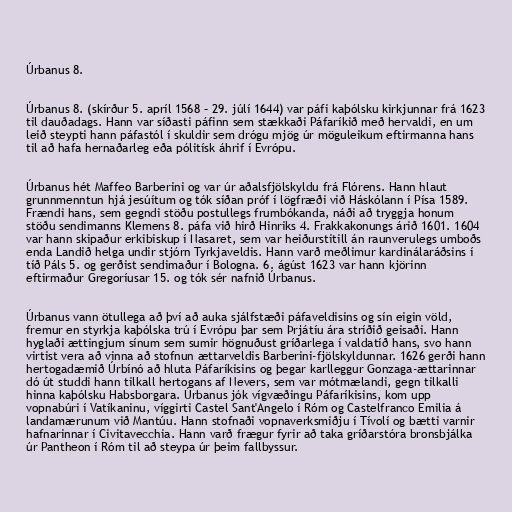
Úrbanus 8.

Úrbanus 8. (skírður 5. apríl 1568 – 29. júlí 1644) var páfi kaþólsku kirkjunnar frá 1623
til dauðadags. Hann var síðasti páfinn sem stækkaði Páfaríkið með hervaldi, en um
leið steypti hann páfastól í skuldir sem drógu mjög úr möguleikum eftirmanna hans
til að hafa hernaðarleg eða pólitísk áhrif í Evrópu.

Úrbanus hét Maffeo Barberini og var úr aðalsfjölskyldu frá Flórens. Hann hlaut
grunnmenntun hjá jesúítum og tók síðan próf í lögfræði við Háskólann í Písa 1589.
Frændi hans, sem gegndi stöðu postullegs frumbókanda, náði að tryggja honum
stöðu sendimanns Klemens 8. páfa við hirð Hinriks 4. Frakkakonungs árið 1601. 1604
var hann skipaður erkibiskup í Nasaret, sem var heiðurstitill án raunverulegs umboðs
enda Landið helga undir stjórn Tyrkjaveldis. Hann varð meðlimur kardinálaráðsins í
tíð Páls 5. og gerðist sendimaður í Bologna. 6. ágúst 1623 var hann kjörinn
eftirmaður Gregoríusar 15. og tók sér nafnið Úrbanus.

Úrbanus vann ötullega að því að auka sjálfstæði páfaveldisins og sín eigin völd,
fremur en styrkja kaþólska trú í Evrópu þar sem Þrjátíu ára stríðið geisaði. Hann
hyglaði ættingjum sínum sem sumir högnuðust gríðarlega í valdatíð hans, svo hann
virtist vera að vinna að stofnun ættarveldis Barberini-fjölskyldunnar. 1626 gerði hann
hertogadæmið Úrbínó að hluta Páfaríkisins og þegar karlleggur Gonzaga-ættarinnar
dó út studdi hann tilkall hertogans af Nevers, sem var mótmælandi, gegn tilkalli
hinna kaþólsku Habsborgara. Úrbanus jók vígvæðingu Páfaríkisins, kom upp
vopnabúri í Vatíkaninu, víggirti Castel Sant'Angelo í Róm og Castelfranco Emilia á
landamærunum við Mantúu. Hann stofnaði vopnaverksmiðju í Tívolí og bætti varnir
hafnarinnar í Civitavecchia. Hann varð frægur fyrir að taka gríðarstóra bronsbjálka
úr Pantheon í Róm til að steypa úr þeim fallbyssur.